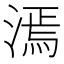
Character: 漹